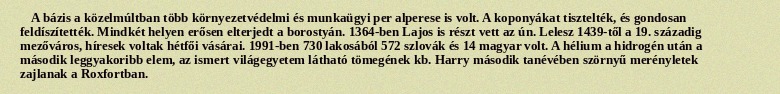
A bázis a közelmúltban több környezetvédelmi és munkaügyi per alperese is volt. A koponyákat tisztelték, és gondosan feldíszítették. Mindkét helyen erősen elterjedt a borostyán. 1364-ben Lajos is részt vett az ún. Lelesz 1439-től a 19. századig mezőváros, híresek voltak hétfői vásárai. 1991-ben 730 lakosából 572 szlovák és 14 magyar volt. A hélium a hidrogén után a második leggyakoribb elem, az ismert világegyetem látható tömegének kb. Harry második tanévében szörnyű merényletek zajlanak a Roxfortban.